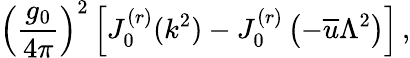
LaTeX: \left(\frac{g_{0}}{4\pi}\right)^{2}\left[J_{0}^{(r)}(k^{2})-J_{0}^{(r)}\left(-\overline{{{u}}}\Lambda^{2}\right)\right]\, ,